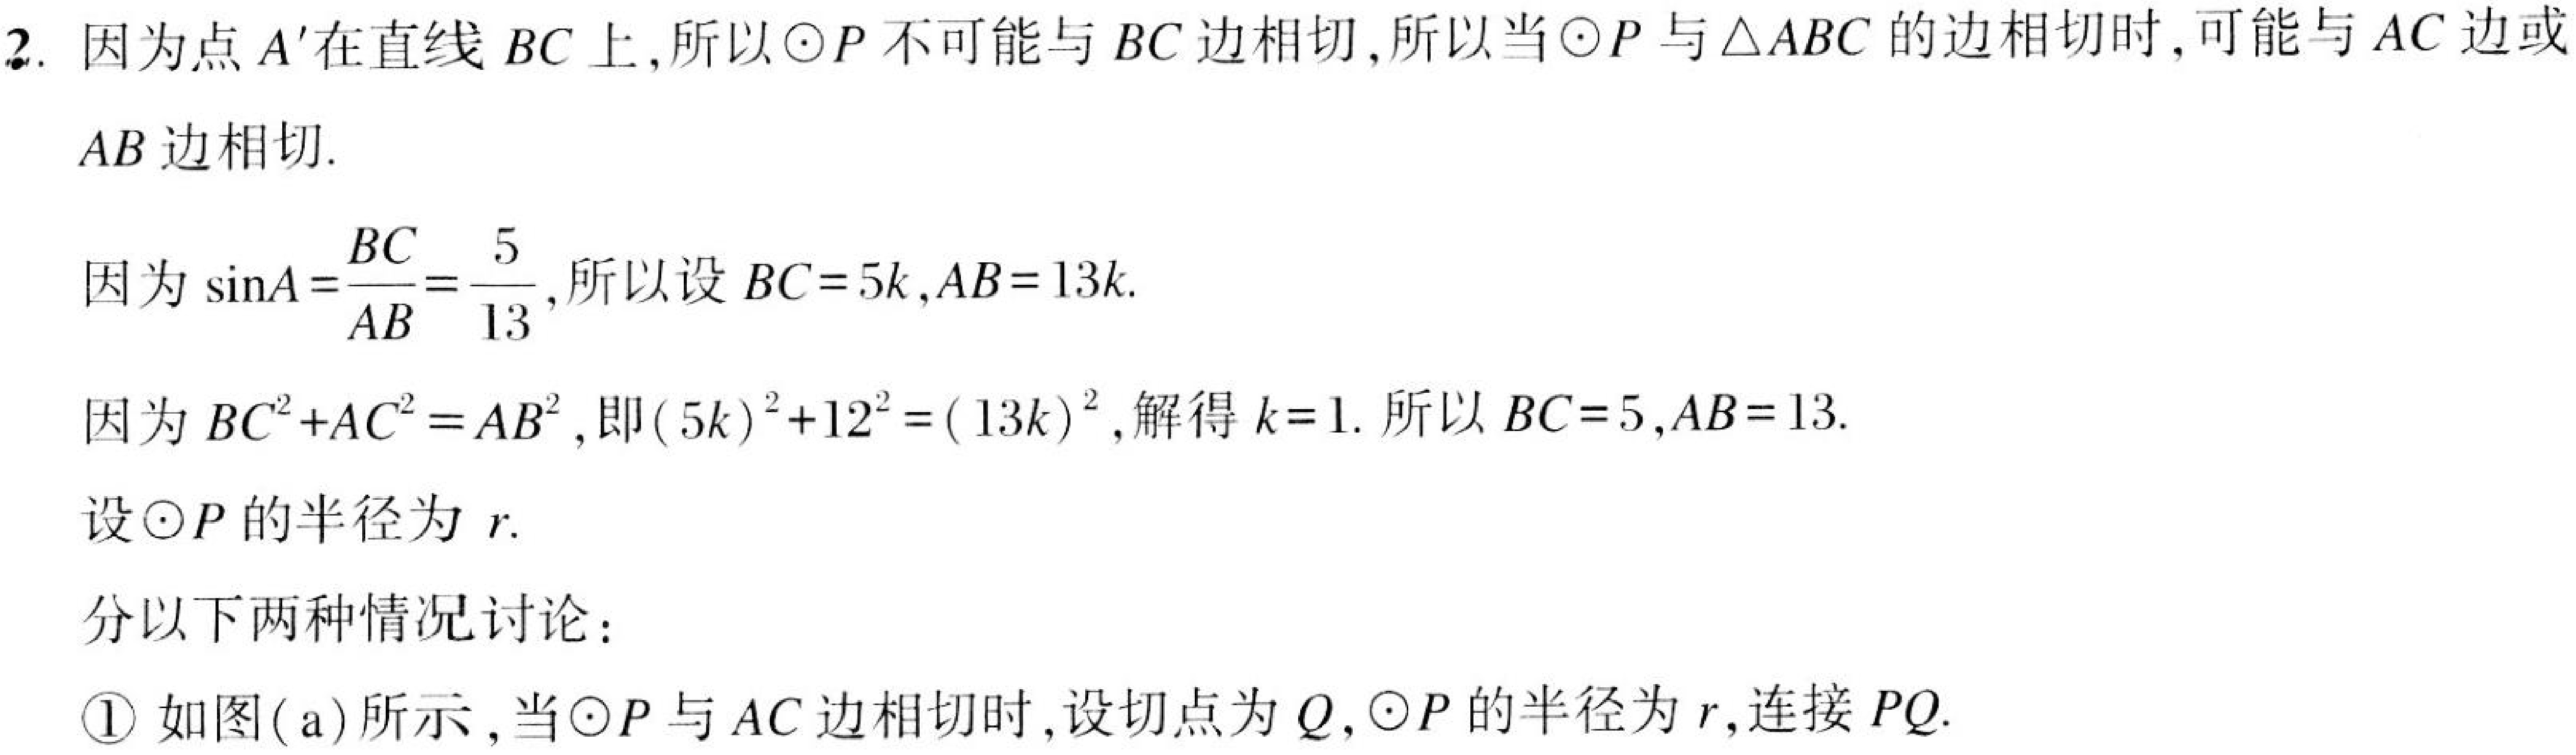
2. 因为点 \(A'\)在直线 \(BC\) 上,所以\(\odot P\) 不可能与 \(BC\) 边相切,所以当\(\odot P\) 与\(\triangle ABC\) 的边相切时,可能与 \(AC\) 边或
\(AB\) 边相切.
因为\(\sin A=\frac{BC}{AB}=\frac{5}{13}\),所以设 \(BC = 5k,AB = 13k\).
因为\(BC^{2}+AC^{2}=AB^{2}\),即\((5k)^{2}+12^{2}=(13k)^{2}\),解得 \(k = 1\). 所以 \(BC = 5,AB = 13\).
设\(\odot P\) 的半径为 \(r\).
分以下两种情况讨论：
\textcircled{1} 如图(a)所示,当\(\odot P\) 与 \(AC\) 边相切时,设切点为 \(Q\),\(\odot P\) 的半径为 \(r\),连接 \(PQ\).